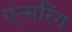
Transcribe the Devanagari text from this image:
एन्सरिंग